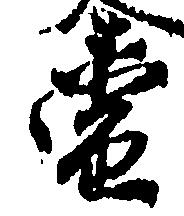
当